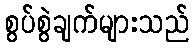
စွပ်စွဲချက်များသည်